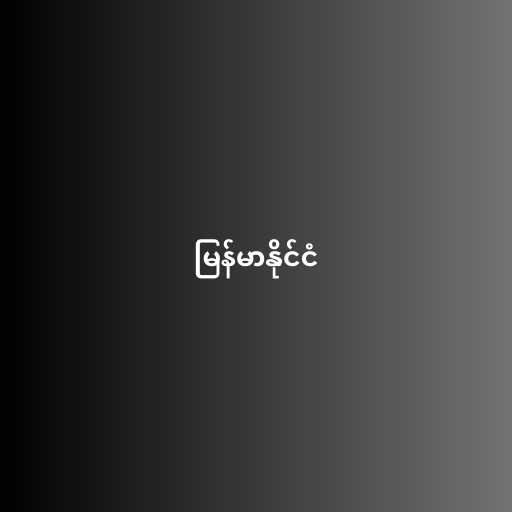
မြန်မာနိုင်ငံ